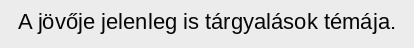
A jövője jelenleg is tárgyalások témája.